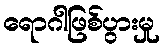
ရောဂါဖြစ်ပွားမှု